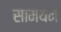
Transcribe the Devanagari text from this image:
सामयन